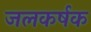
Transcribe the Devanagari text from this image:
जलकर्षक